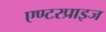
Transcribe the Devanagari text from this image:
एण्टरप्राइज